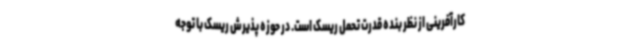
کارآفرینی از نظر بنده قدرت تحمل ریسک است. در حوزه پذیرش ریسک با توجه